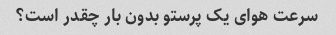
سرعت هوای یک پرستو بدون بار چقدر است؟